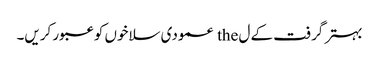
بہتر گرفت کے ل the عمودی سلاخوں کو عبور کریں۔